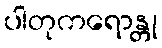
ပါတုကရောန္တု